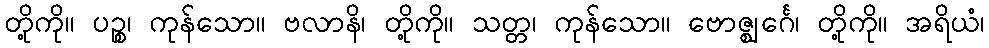
တို့ကို။ ပဉ္စ၊ ကုန်သော။ ဗလာနိ၊ တို့ကို။ သတ္တ၊ ကုန်သော။ ဗောဇ္ဈင်္ဂေ၊ တို့ကို။ အရိယံ၊